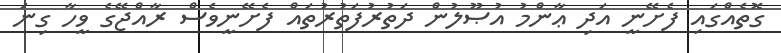
ގޮތެއްގައި ފެށޭނީ އަދި ޢާންމު އުޞޫލުން ދަތުރުފަތުރުތައް ފެށޭނީވެސް ރާއްޖޭގެ ވީހާ ގިނަ